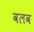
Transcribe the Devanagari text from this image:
वलव